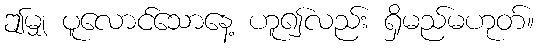
ဤမျှ ပူလောင်သောနေ့ ဟူ၍လည်း ရှိမည်မဟုတ်။